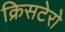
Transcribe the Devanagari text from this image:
क्रिसटेरो